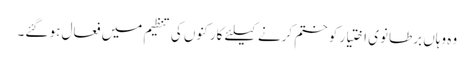
وہ وہاں برطانوی اختیار کو ختم کرنے کیلئے کارکنوں کی تنظیم میں فعال ہو گئے۔